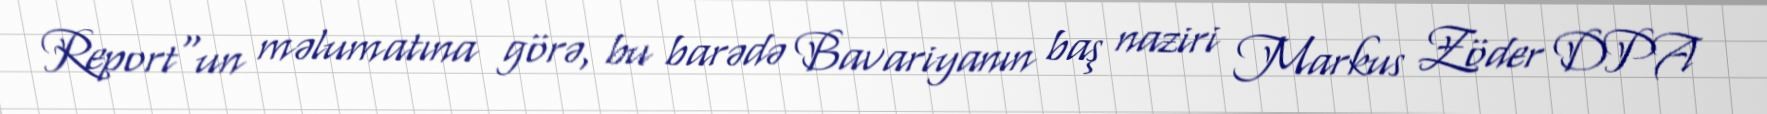
Report"un məlumatına görə, bu barədə Bavariyanın baş naziri Markus Zöder DPA